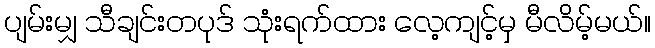
ပျမ်းမျှ သီချင်းတပုဒ် သုံးရက်ထား လေ့ကျင့်မှ မီလိမ့်မယ်။